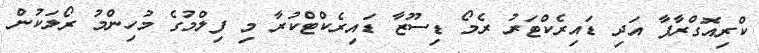
ކްރިއޮގްރާފާ އަދި ޑައިރެކްޓަރު ރެމޯ ޑިސޫޒާ ޑައިރެކްޓްކުރާ މި ފިލްމުގެ މުހިންމު ރޯލަކުން